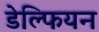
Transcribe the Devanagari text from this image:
डेल्फियन